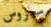
سيروس